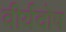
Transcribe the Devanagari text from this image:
वीर्यदोष